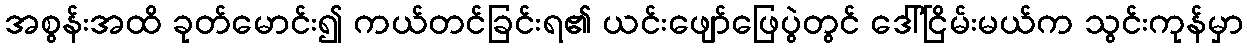
အစွန်းအထိ ခုတ်မောင်း၍ ကယ်တင်ခြင်းရ၏ ယင်းဖျော်ဖြေပွဲတွင် ဒေါ်ငြိမ်းမယ်က သွင်းကုန်မှာ